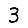
Digit: 3